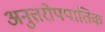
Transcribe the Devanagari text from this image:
अनुत्तरोपपातिक